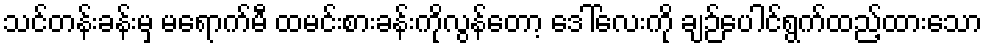
သင်တန်းခန်းမှ မရောက်မီ ထမင်းစားခန်းကိုလွန်တော့ ဒေါ်လေးကို ချဉ်ပေါင်ရွက်ထည့်ထားသော